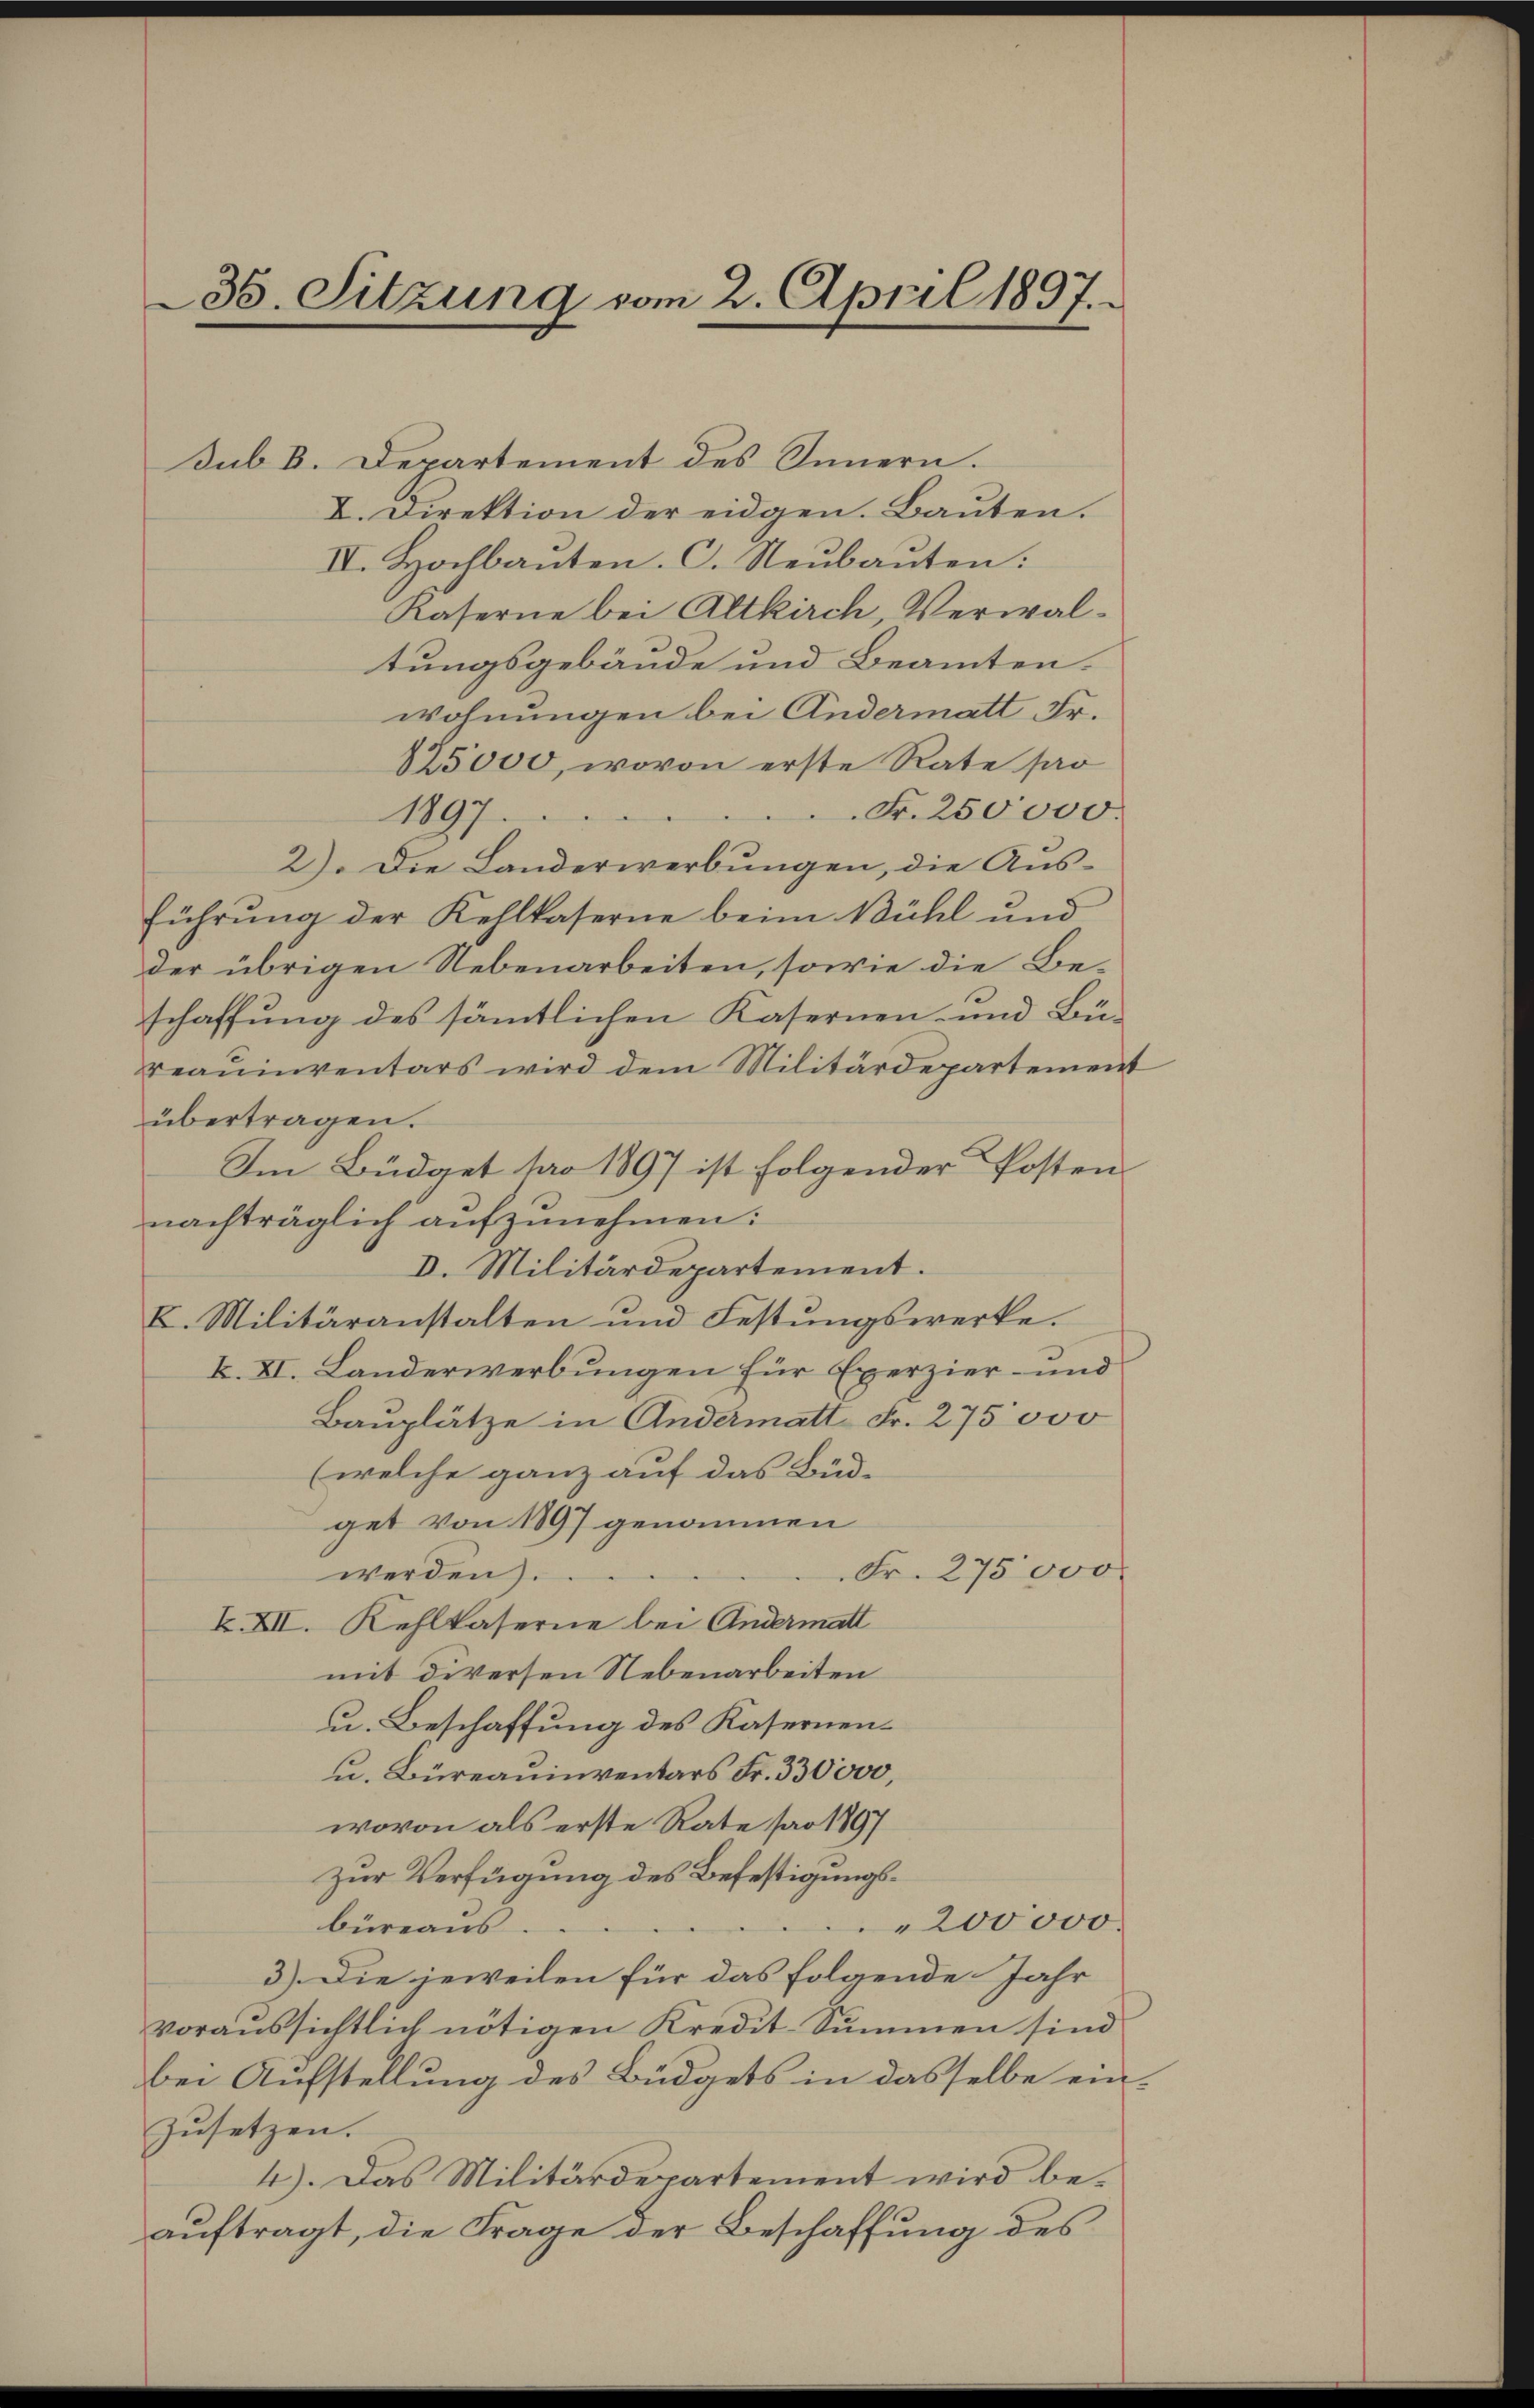
36. Sitzung vom 2. April 1897.

Sub B. Departement des Innern.
I. Direktion der eidgen. Bauten.
IV. Hochbauten. C. Neubauten:
Kaserne bei Altkirch, Verwaltungsgebäude und Beamten.
wohnungen bei Andermatt Fr.
125000, wovon erste Rate sar
1897
Fr. 250000.
2). Die Landerwerbŭngen, die Aus-
führung der Kehlkaserne beim Bühl und
der übrigen Nebenarbeiten, sowie die Beschaffung des sämtlichen Kasernen- und Büreaŭinventars wird dem Militärdepartement
übertragen.
Im Büdget pro 1897 ist folgender Posten
nachträglich aufzunehmen:
D. Militärdepartement.
I. Militäranstalten und Festungswerke.
I. XI. Landerwerbungen für Exerzier- und
Bauplätze in Andermatt Fr. 275000
(welche ganz auf das Büd-
get von 1897 genommen
Fr. 275000.
werden.
X. XII. Kehlkaserne bei Andermatt
mit diversen Nebenarbeiten
u. Beschaffung des Kasernen¬
u. Büreauinventars Fr. 330000,
wovon als erste Rate par 1897
zur Verfügung des Befestigungs¬
200000.
büreaus.
3) Die jeweilen für das folgende Jahr
voraussichtlich nötigen Kredit Summen sind
bei Aufstellung des Büdgets in dasselbe ein-
zusetzen.
4). Das Militärdepartement wird beauftragt, die Frage der Beschaffung des